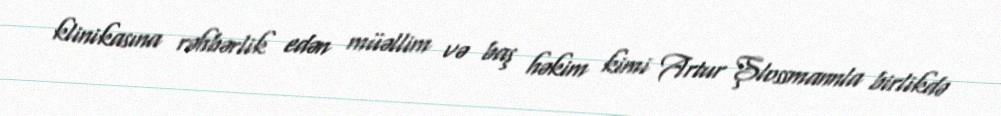
klinikasına rəhbərlik edən müəllim və baş həkim kimi Artur Şlossmannla birlikdə